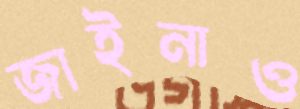
জাইনাও